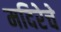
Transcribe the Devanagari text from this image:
मदिरेचे